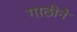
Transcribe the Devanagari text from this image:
गाठीने